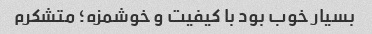
بسیار خوب بود با کیفیت و خوشمزه؛ متشکرم